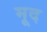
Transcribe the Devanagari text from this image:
मूद